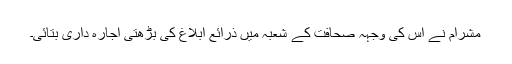
مشرام نے اس کی وجہہ صحافت کے شعبہ میں ذرائع ابلاغ کی بڑھتی اجارہ داری بتائی۔